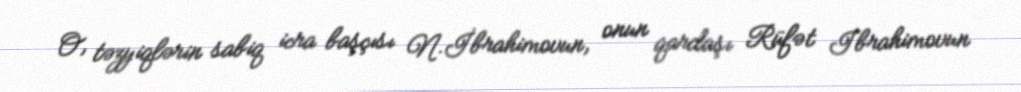
O, təzyiqlərin sabiq icra başçısı N.İbrahimovun, onun qardaşı Rüfət Ibrahimovun